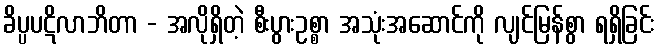
ခိပ္ပပဋိလာဘိတာ - အလိုရှိတဲ့ စီးပွားဥစ္စာ အသုံးအဆောင်ကို လျင်မြန်စွာ ရရှိခြင်း